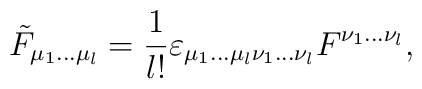
\tilde F_{\mu_1\ldots \mu_l}={1\over l!}\varepsilon_{\mu_1\ldots \mu_l\nu_1\ldots \nu_l}F^{\nu_1\ldots \nu_l},